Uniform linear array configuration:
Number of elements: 16
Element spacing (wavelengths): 0.5
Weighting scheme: kaiser
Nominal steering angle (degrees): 30
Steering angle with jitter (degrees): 30.65
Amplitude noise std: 0.05
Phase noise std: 0.05

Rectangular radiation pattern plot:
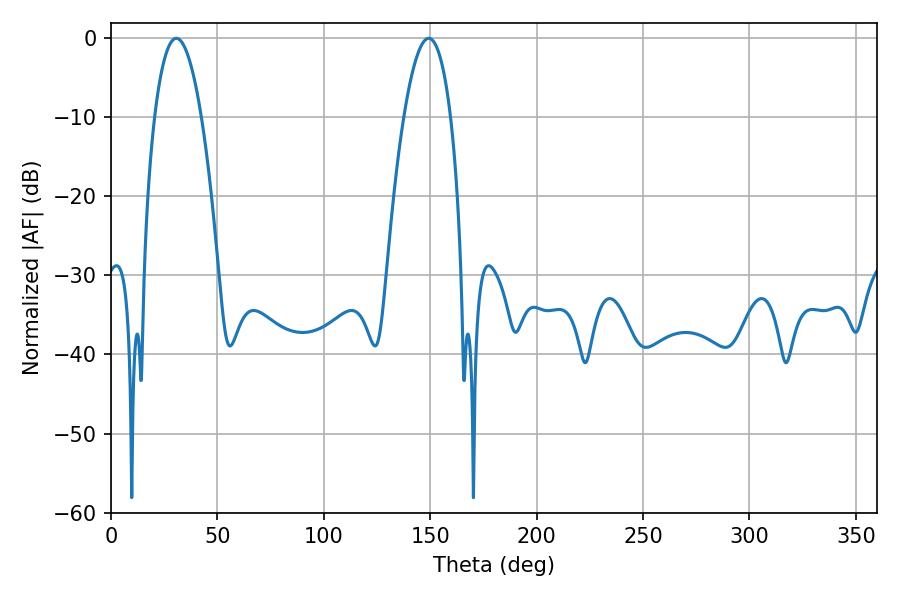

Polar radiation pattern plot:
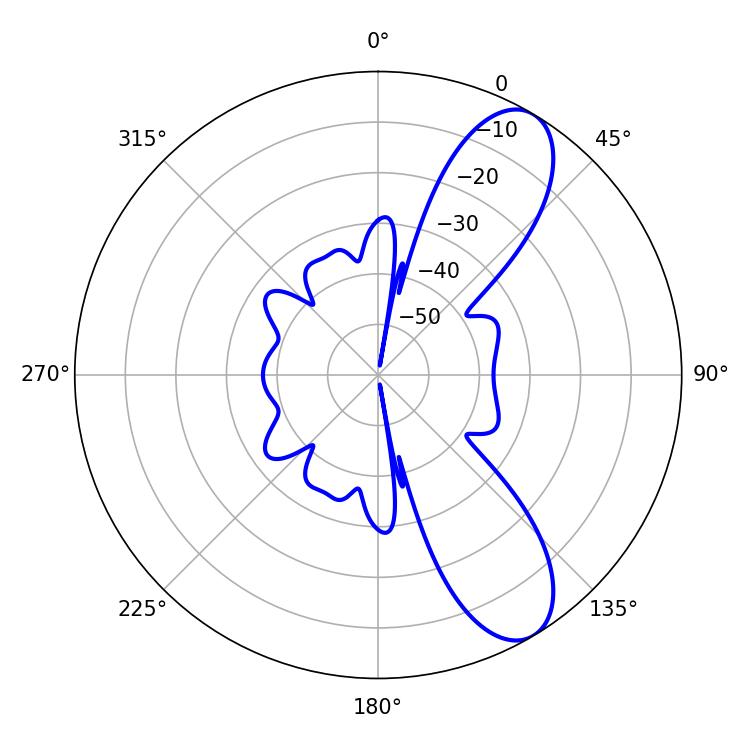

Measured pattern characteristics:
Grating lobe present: FALSE
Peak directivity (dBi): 9.32
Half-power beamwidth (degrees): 12.24
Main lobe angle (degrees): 30.78